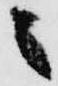
之